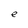
Character: e